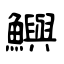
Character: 鱮